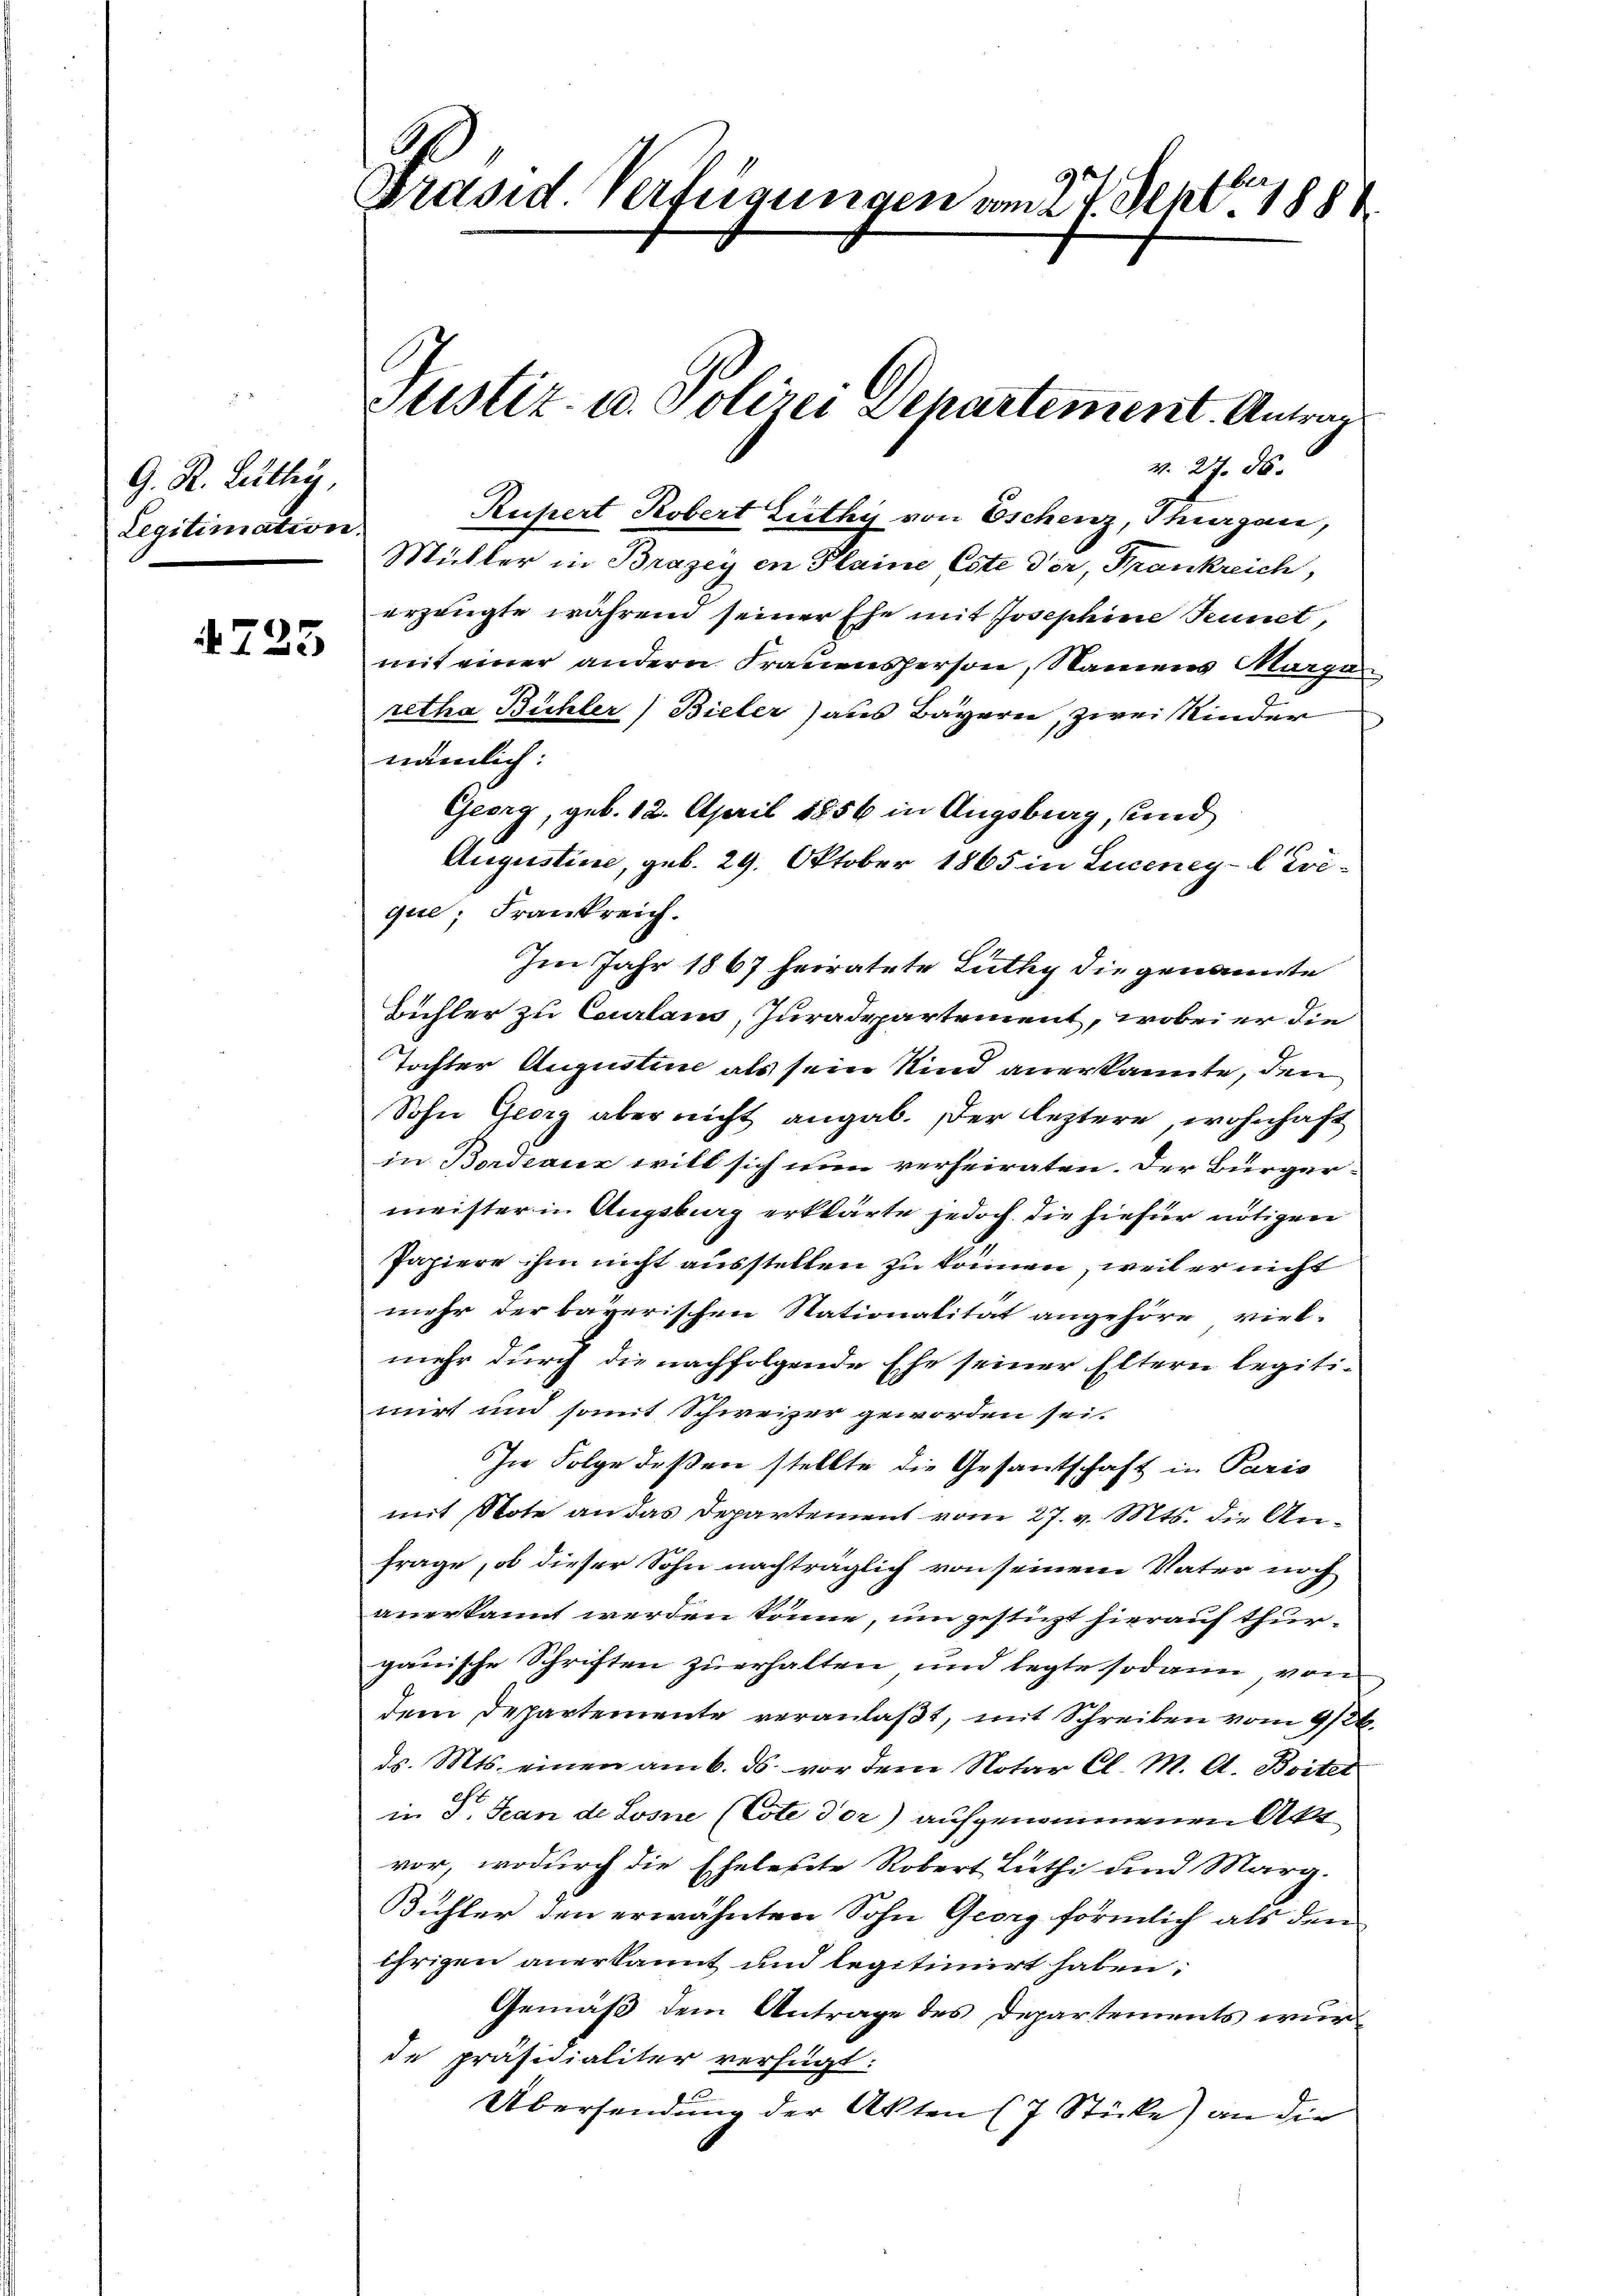
G. R. Lüthy,
Legitimation.

725

1
Präsid. Verfügungen vom 27. Sept. 1888

Müller in Brazey in Plaine Este der, Frankreich,
erzeugte während seiner Ehe mit Josephine Tennet,
mit einer andern Frauensperson, Namens Margan
retha Bühler) Bieler) aus Bayern, zwei Kinder
nämlich:
Georg, geb. 12. April 1856 in Augsburg, und
Augustine, geb. 29. Oktober 1865 in Luceney-lEvique; Frankreich.
Im Jahr 1867 heiratete Lüthy die genannte
Bühler zu Courlam, Juradepartement, wobei er die
Tochter Augustine als sein Kind anerkannte, den
Sohn Georg aber nicht angab. Der leztere, wohnhaft
in Bordeaux will sich nun verheiraten. Der Bürger-
meister in Augsburg erklärte jedoch die hiefür nötigen
Papiere ihm nicht ausstellen zu können, weil er nicht
mehr der bayerischen Nationalität angehöre viel-
mehr durch die nachfolgende Ehe seiner Eltern legitimirt und somit Schweizer geworden sei.
In Folge deßen stellte die Gesantschaft in Paris
mit Note an das Departement vom 27. v. Mts. die Anfrage, ob dieser Sohn nachträglich von seinem Vater noch
anerkannt werden könne, um gestüzt hierauf thurgauische Schriften zu erhalten und legte sodann von
dem Departemente veranlaßt, mit Schreiben vom 9/26.
ds. Mts. einen am 6. ds. vor dem Notar Cl. M. A. Boitel
in P. Scan de Losne (Cote dor) aufgenommenen Akt
vor, wodurch die Eheleute Robert Lüthi und Marg.
Bühler den erwähnten Sohn Georg förmlich als den
ihrigen anerkannt und legitimirt haben:
Gemäß dem Antrage des Departements wurd
de präsidialiter verfügt:
Übersendung der Akten (7 Stücke) an die

Stistiz- u. Polizei Separtement. Antrag
v. 27. ds.
Rupert Kobert Lüthy von Eschenz, Thurgau,